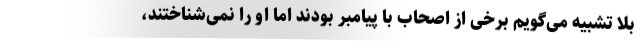
بلا تشبیه می‌گویم برخی از اصحاب با پیامبر بودند اما او را نمی‌شناختند،